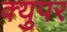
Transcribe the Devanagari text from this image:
क्युपर